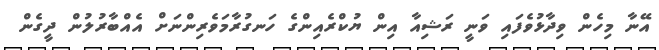
އޭނާ މިހެން ވިދާޅުވެފައި ވަނީ ރަޝިއާ އިން ޔުކްރެއިންގެ ހަނގުރާމަވެރިންނަށް އެއްބާރުލުން ދީގެން